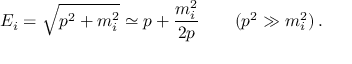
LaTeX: E _ { i } = \sqrt { p ^ { 2 } + m _ { i } ^ { 2 } } \simeq p + \frac { m _ { i } ^ { 2 } } { 2 p } \qquad ( p ^ { 2 } \gg m _ { i } ^ { 2 } ) \, .